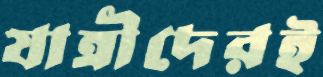
যাত্রীদেরই